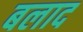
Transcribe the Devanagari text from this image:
बलाद